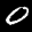
Label: 0